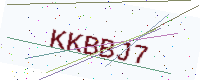
Text: KKBBJ7